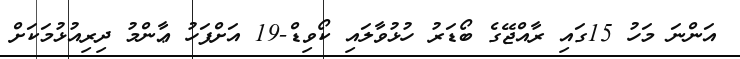
އަންނަ މަހު 15ގައި ރާއްޖޭގެ ބޯޑަރު ހުޅުވާލައި ކޯވިޑް-19 އަށްފަހު ޢާންމު ދިރިއުޅުމަކަށް